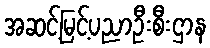
အဆင့်မြင့်ပညာဦးစီးဌာန